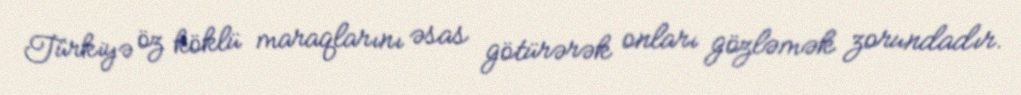
Türkiyə öz köklü maraqlarını əsas götürərək onları gözləmək zorundadır.